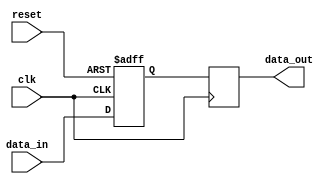
module Ethernet_bus_controller (
    input clk,
    input reset,
    input [7:0] data_in,
    output reg [7:0] data_out
);

reg [7:0] buffer;

// Timing control unit
always @(posedge clk or posedge reset) begin
    if (reset) begin
        buffer <= 8'b0;
    end else begin
        buffer <= data_in;
    end
end

// Synchronization block
always @(posedge clk) begin
    data_out <= buffer;
end

endmodule